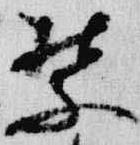
禁